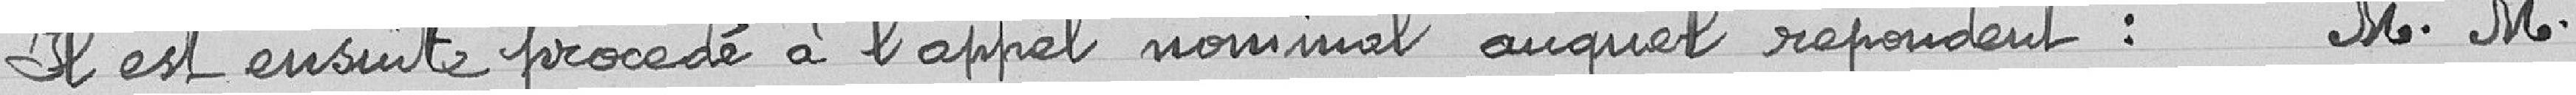
Il est ensuite procédé à l'appel nominal auquel répondent : M. M.